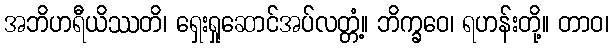
အဘိဟရီယိဿတိ၊ ရှေးရှုဆောင်အပ်လတ္တံ့။ ဘိက္ခဝေ၊ ရဟန်းတို့။ တာဝ၊